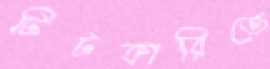
টিটকারিতে